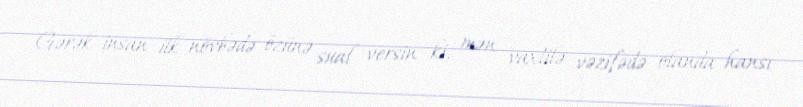
Gərək insan ilk növbədə özünə sual versin ki, mən vaxtilə vəzifədə olanda hansı